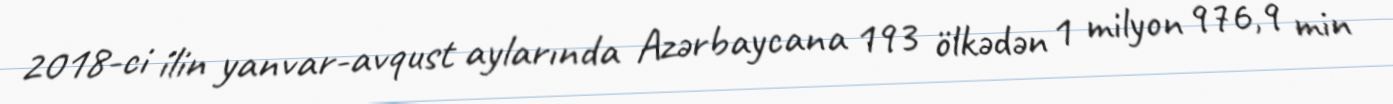
2018-ci ilin yanvar-avqust aylarında Azərbaycana 193 ölkədən 1 milyon 976,9 min